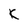
Character: K